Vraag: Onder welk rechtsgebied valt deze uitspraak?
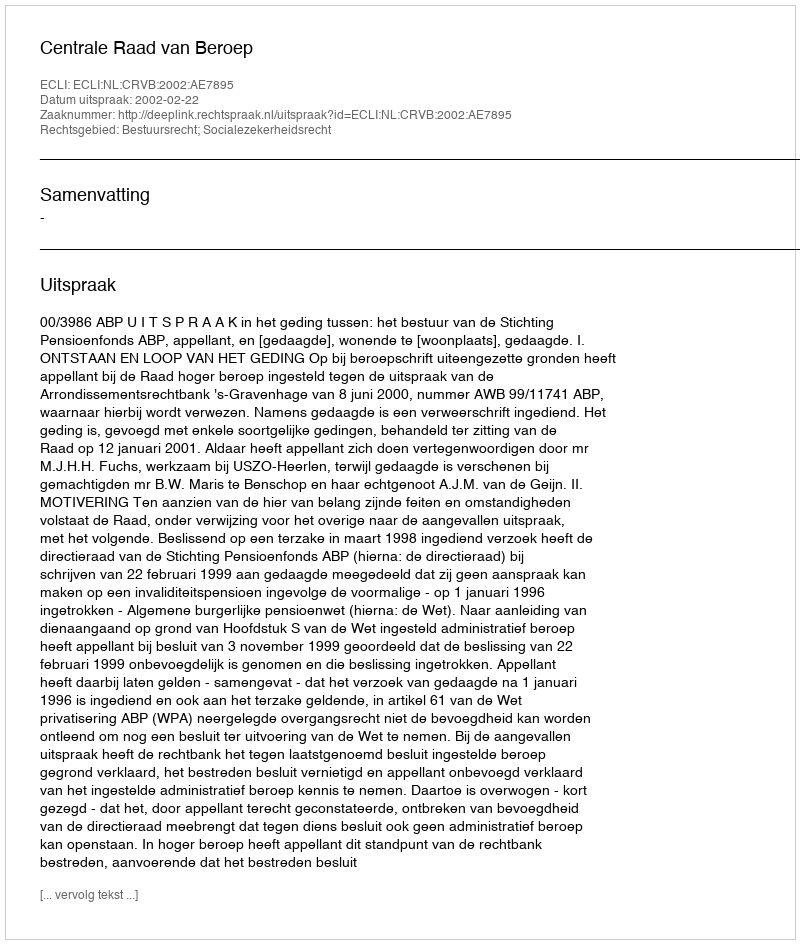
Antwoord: Bestuursrecht; Socialezekerheidsrecht